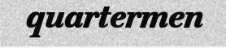
quartermen